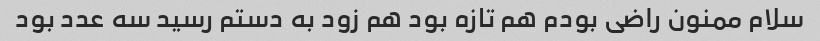
سلام ممنون راضی بودم هم تازه بود هم زود به دستم رسید سه عدد بود